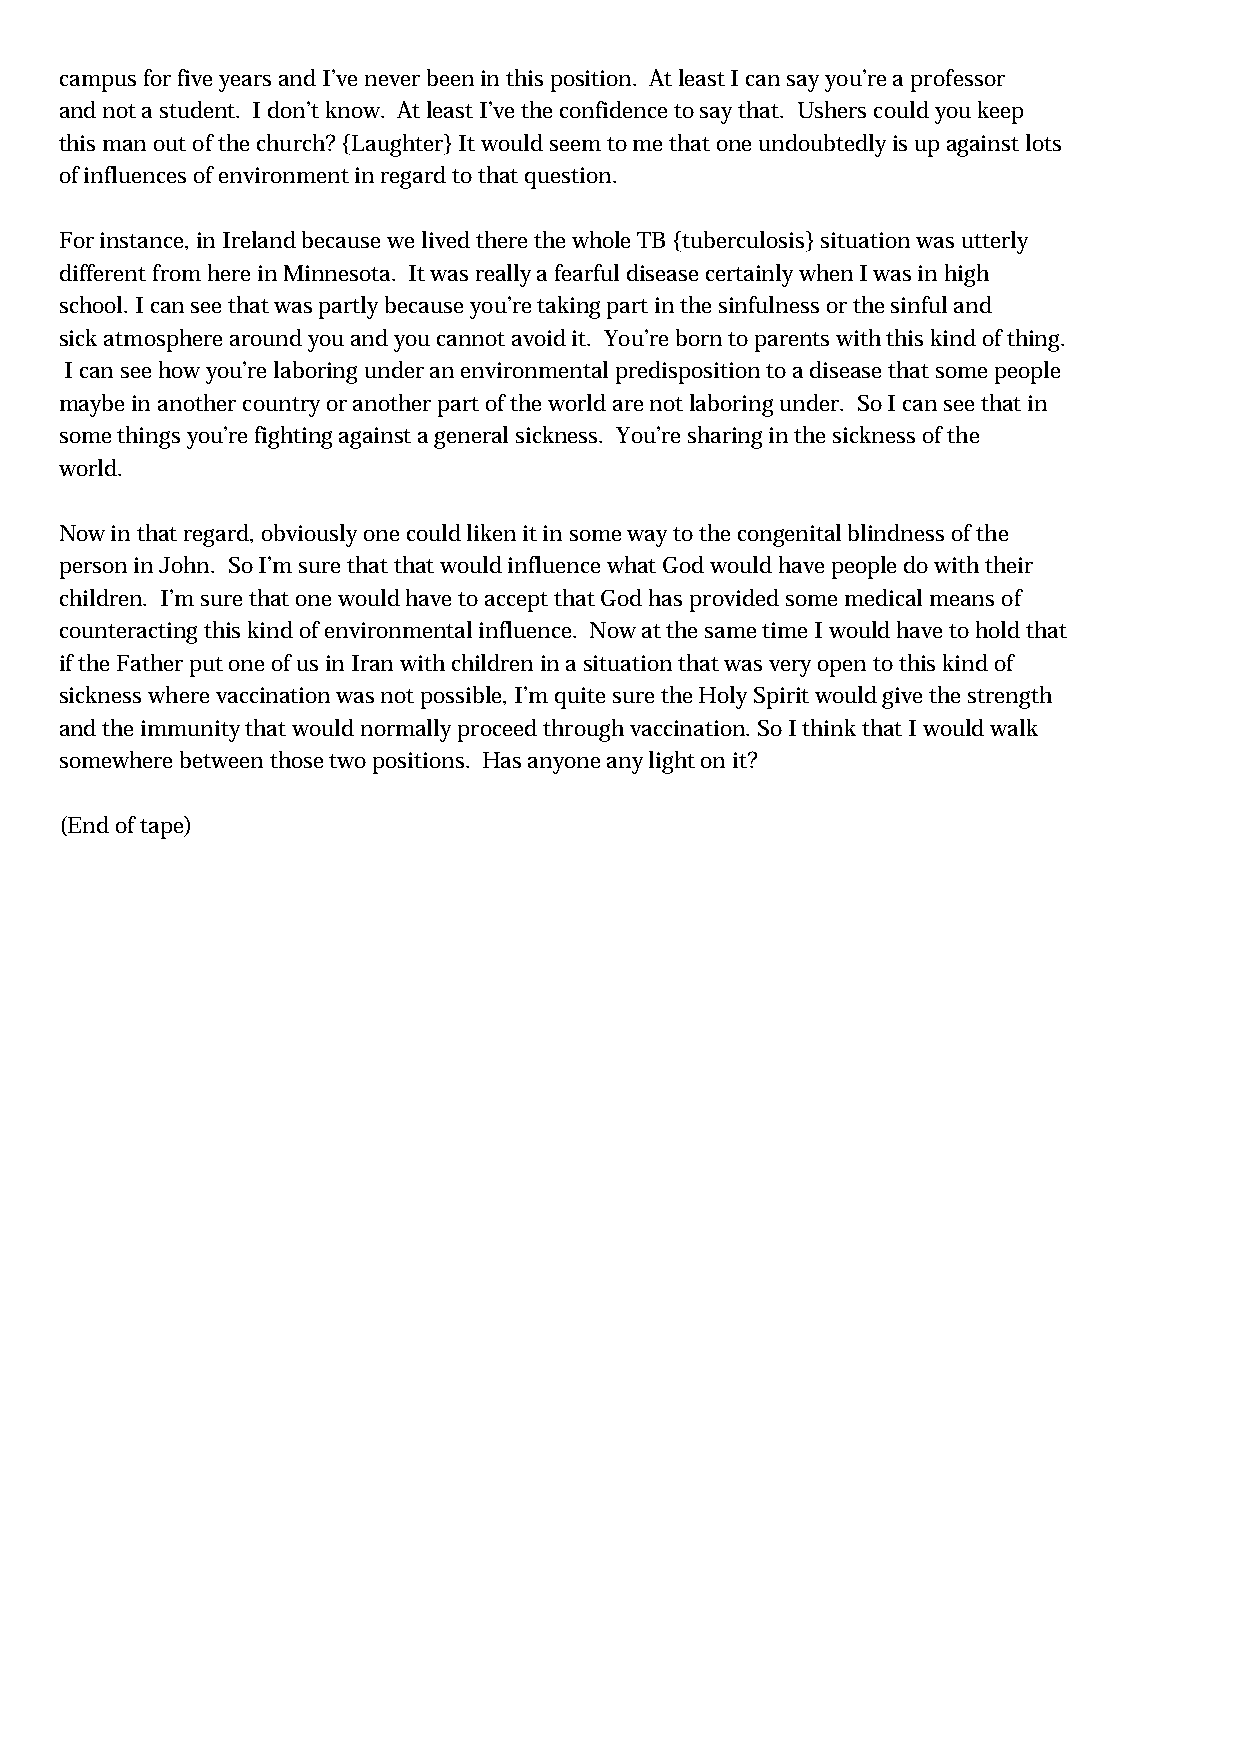
campus for five years and I’ve never been in this position. At least I can say you’re a professor
 and not a student. I don’t know. At least I’ve the confidence to say that. Ushers could you keep
 this man out of the church? {Laughter} It would seem to me that one undoubtedly is up against lots
 of influences of environment in regard to that question.
 For instance, in Ireland because we lived there the whole TB {tuberculosis} situation was utterly
 different from here in Minnesota. It was really a fearful disease certainly when I was in high
 school. I can see that was partly because you’re taking part in the sinfulness or the sinful and
 sick atmosphere around you and you cannot avoid it. You’re born to parents with this kind of thing.
 I can see how you’re laboring under an environmental predisposition to a disease that some people
 maybe in another country or another part of the world are not laboring under. So I can see that in
 some things you’re fighting against a general sickness. You’re sharing in the sickness of the
 world.
 Now in that regard, obviously one could liken it in some way to the congenital blindness of the
 person in John. So I’m sure that that would influence what God would have people do with their
 children. I’m sure that one would have to accept that God has provided some medical means of
 counteracting this kind of environmental influence. Now at the same time I would have to hold that
 if the Father put one of us in Iran with children in a situation that was very open to this kind of
 sickness where vaccination was not possible, I’m quite sure the Holy Spirit would give the strength
 and the immunity that would normally proceed through vaccination. So I think that I would walk
 somewhere between those two positions. Has anyone any light on it?
 (End of tape)